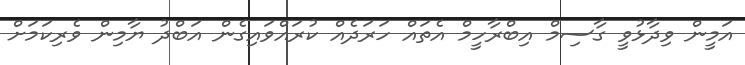
އަމީން ވިދާޅުވީ ގާސިމް އިބްރާހީމް އެތައް ހަރަދެއް ކުރައްވައިގެން އަބްދު ޔާމިން ވެރިކަމަށް